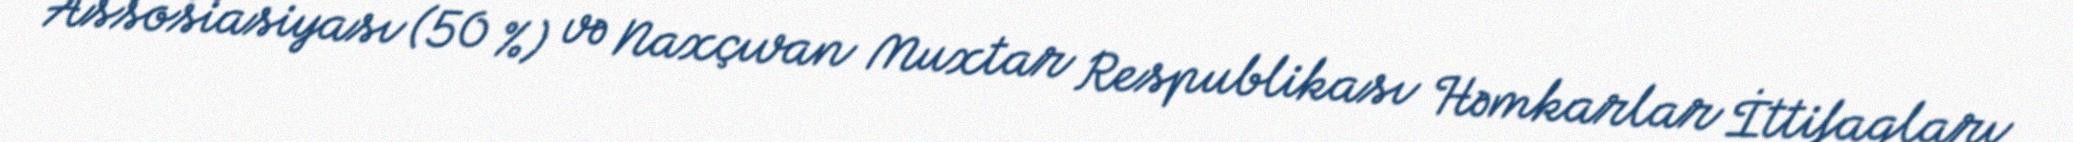
Assosiasiyası (50 %) və Naxçıvan Muxtar Respublikası Həmkarlar İttifaqları